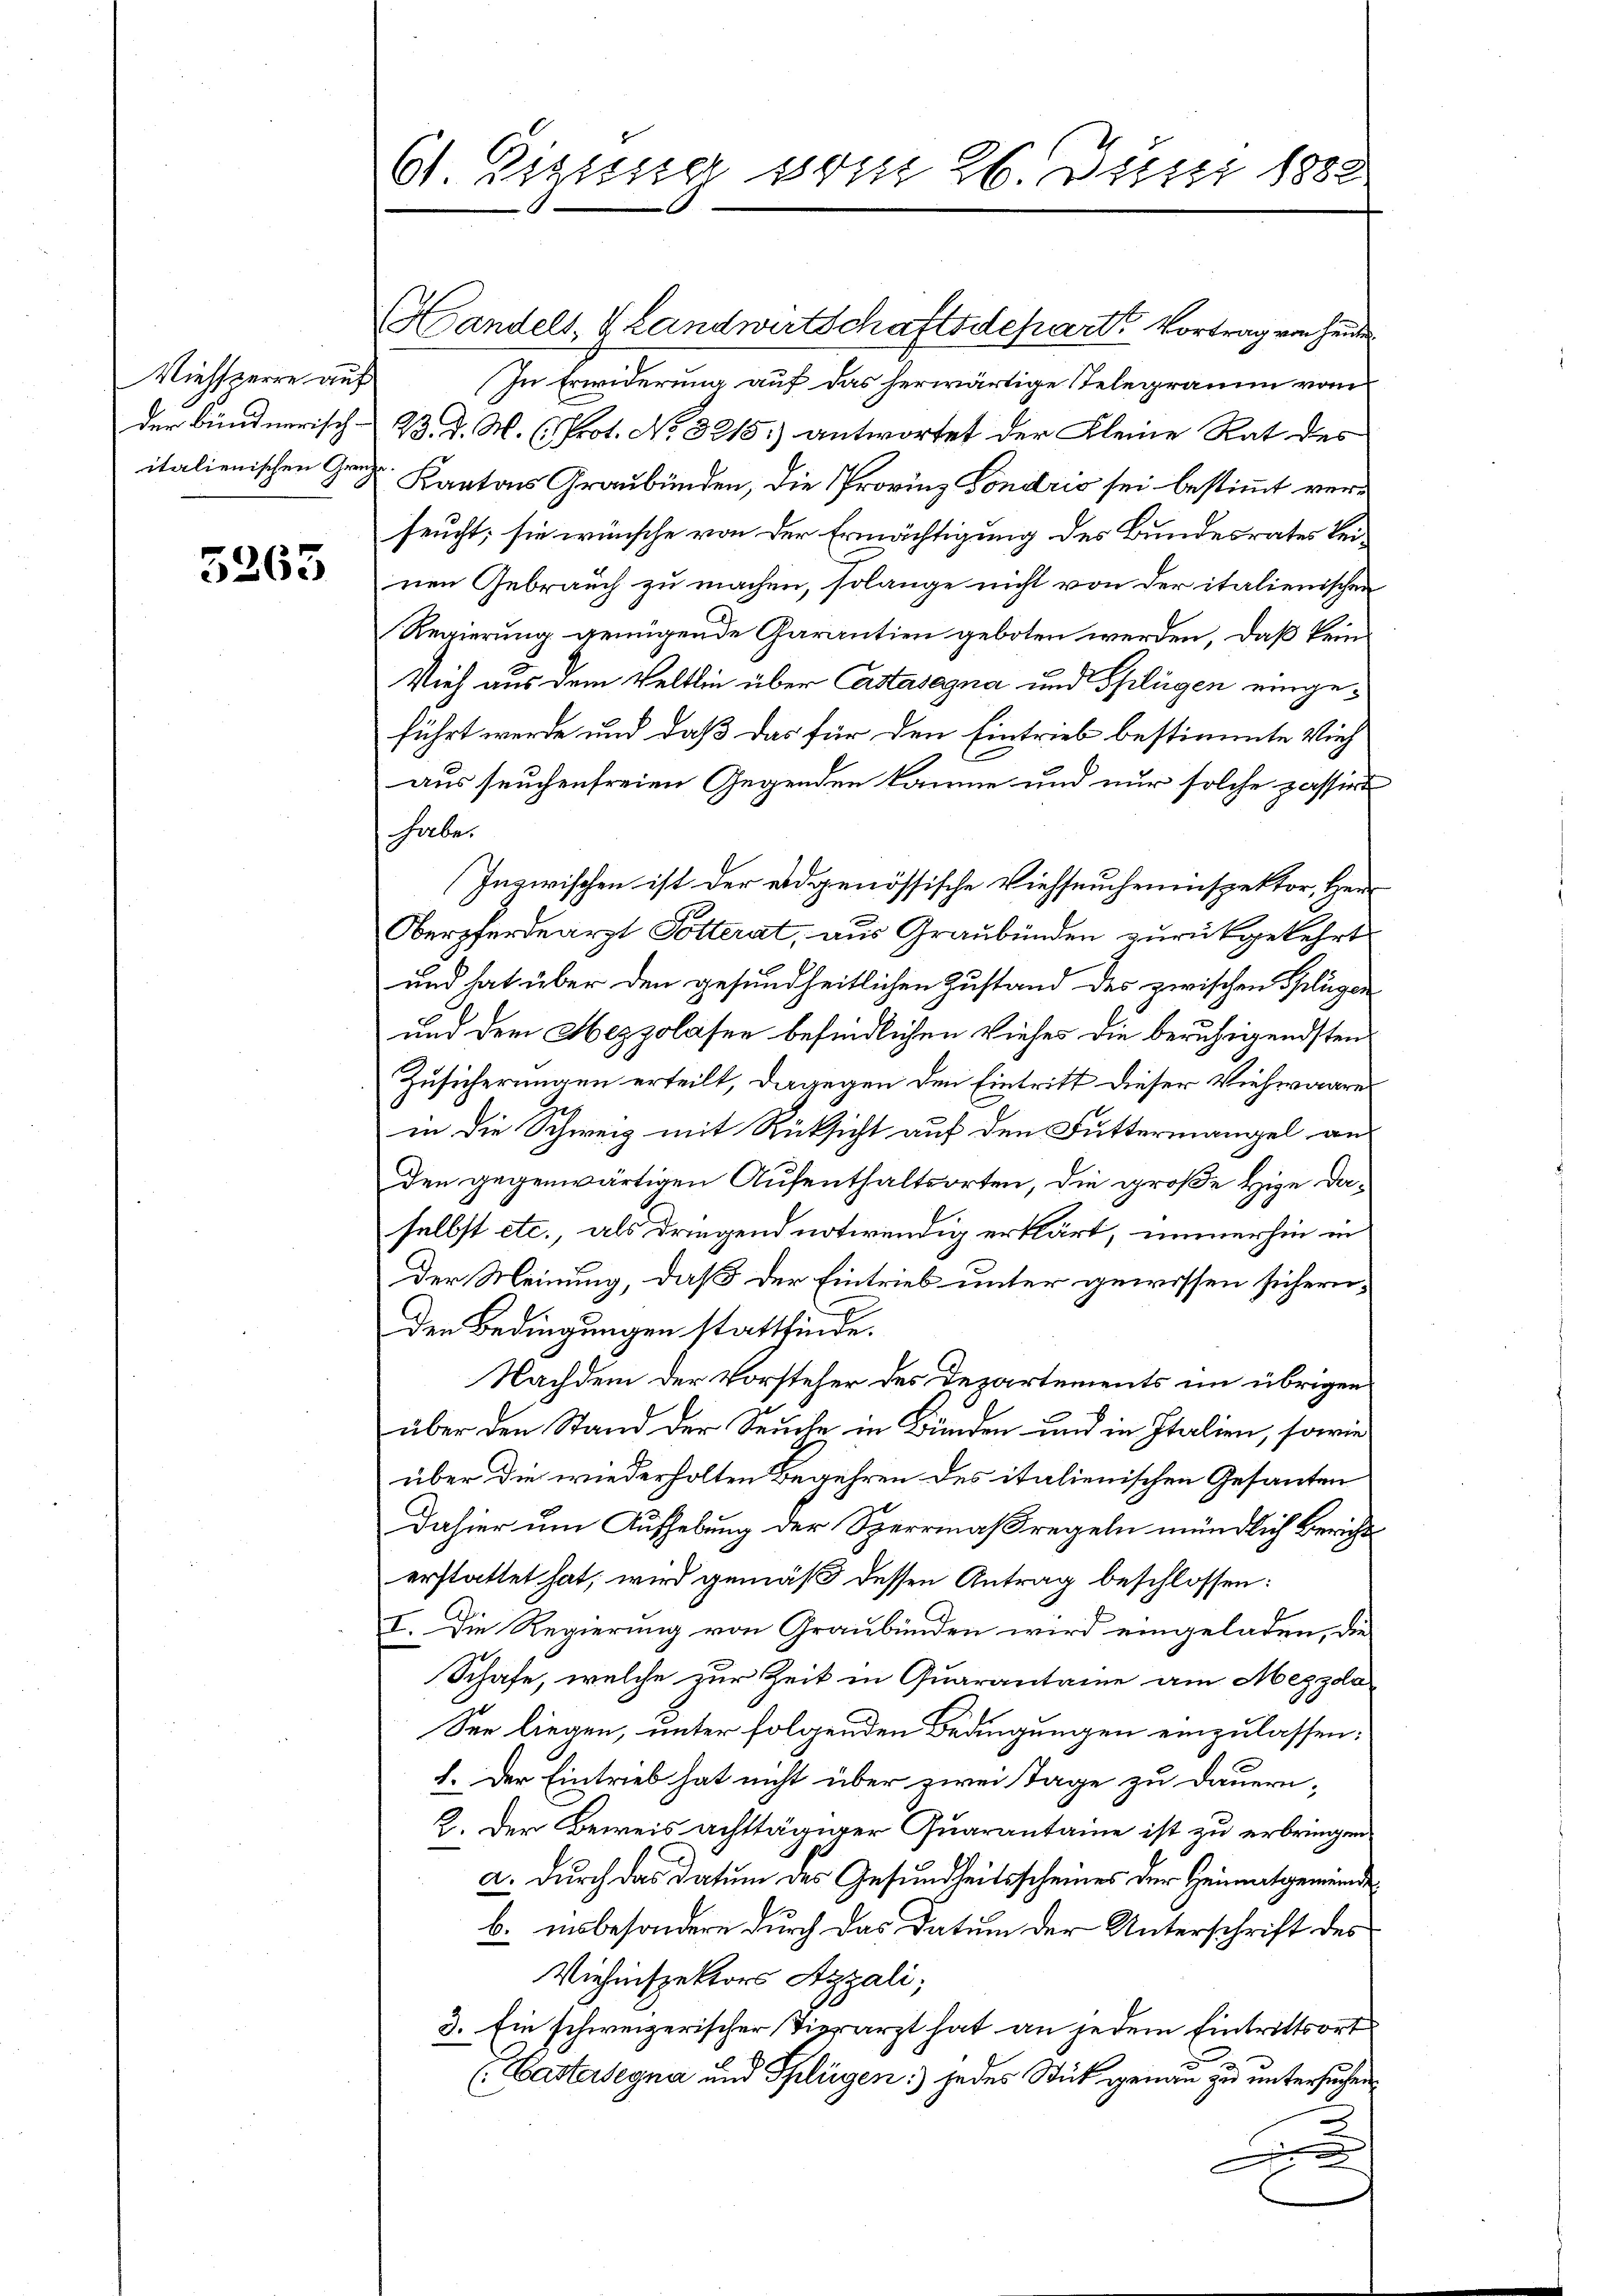
Viehsperre auf
Der Bündnerisch-
italienischen Gren¬

5263

61. Eigung vom 26. Juni 1882

Handels, & Landwirtschaftsdepart Vortrag von heute
In Erwiderung auf das herwärtige Telegramm vom
23. d. M. (Prot. No 3215.) antwortet der Kleine Rat des
Kantons Graubünden, die Provinz Fondrio sei bestimmt verfeucht; sie wünsche von der Ermächtigung des Bundesrates keinen Gebrauch zu machen, solange nicht von der italienischen
Regierung genügende Garantien geboten werden, daß kein
Vieh aus dem Veltlin über Castasagna und Splügen eingeführt werde und daß das für den Eintrieb bestimmte Vieh
aus seuchenfreien Gegenden kämme und nur solche passirt
habe.
Inzwischen ist der eidgenössische Viehseucheninspektor, Herr
Oberzfordearzt Potterat, aus Graubünden zurückgekehrt
und hat über den gesundheitlichen Zustand des zwischen Splügen
und dem Mezzolasen befindlichen Viehes die beruhigendsten
Zusicherungen erteilt, dagegen den Eintritt dieser Viehwaares
in die Schweiz mit Rücksicht auf den Futtermangel an
den gegenwärtigen Aufenthaltsorten, die große Hise daselbst etc., als dringend notwendig erklärt, immerhin in
Der Meinung, daß der Eintrieb unter gewissen sichern,
den Bedingungen stattfinde.
Nachdem der Vorsteher des Departements im übrigen
über den Stand der Seuche in Bunden und in Italien, sowie
über die wiederholten Begehren des italienischen Gesanten
dahier um Aufhebung der Sperrmaßregeln mündlich Bericht
erstattet hat, wird gemäß dessen Antrag beschlossen:
I. Die Regierung von Graubünden wird eingeladen, die
Schafe, welche zur Zeit in Quarantaine am Mezzda
See liegen, unter folgenden Bedingungen einzulassen:
1. Der Eintrieb hat nicht über zwei Tage zu dauern-
2. Der Beweis achttägiger Quarantaine ist zu erbringen
a. Durch das Datum des Gesundheitsscheines der Heimatgemeinde
b. insbesondere durch das Datum der Unterschrift des
Viehenspektors Azzali;
3. Ein schweizerischer Tierarzt hat an jedem Eintrittsort
Wastersegne und Schlügen) jedes Stick genau zu untersuchen